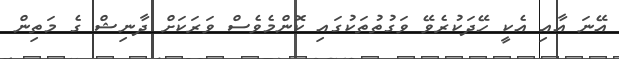
އޭނަ އާއި އެކީ ހޭދަކުރެވޭ ވަގުތުތަކުގައި ކޮންމެވެސް ވަރަކަށް ދާނިޝް ގެ މަތިން